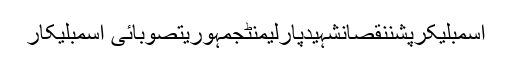
اسمبلیکرپشننقصانشہیدپارلیمنٹجمہوریتصوبائی اسمبلیکار